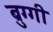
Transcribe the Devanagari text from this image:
ब्रुग्गी